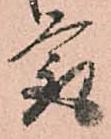
最